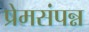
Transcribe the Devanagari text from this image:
प्रेमसंपन्न